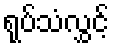
ရုပ်သံလွှင့်